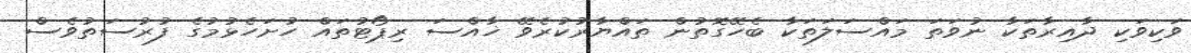
ވަކިވަކި ދާއިރާތަކާ ނުވަތަ މައްސަލަތަކާ ބެހޭގޮތުން ތައްޔާރުކުރެވޭ ޚާއްސަ ރިޕޯޓުތައް ހުށަހެޅުމުގެ ފުރުސަތުވެސް